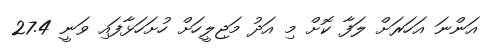
އަންނަ އަހަރަށް ލަފާ ކޮށް މި އަދު މަޖިލީހަށް ހުށަހަޅާފައި ވަނީ 27.4